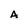
Character: A